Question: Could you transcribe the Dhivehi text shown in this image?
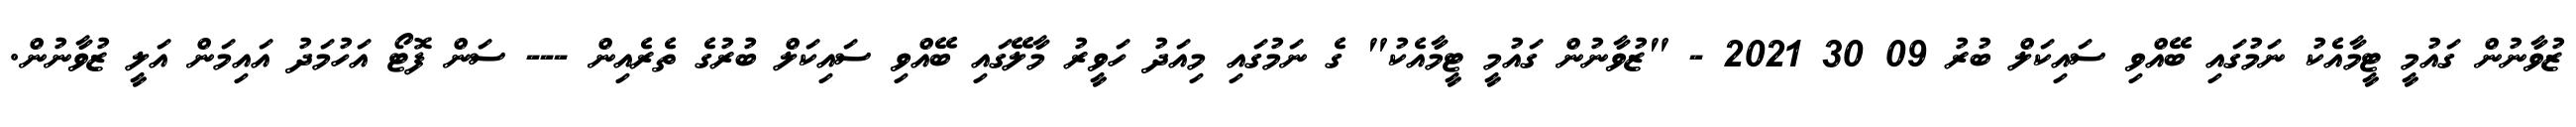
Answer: ޒުވާނުން ގައުމީ ޓީމާއެކު ނަމުގައި ބޭއްވި ސައިކަލް ބުރު 09 30 2021 - "ޒުވާނުން ގައުމީ ޓީމާއެކު" ގެ ނަމުގައި މިއަދު ހަވީރު މާލޭގައި ބޭއްވި ސައިކަލް ބުރުގެ ތެރެއިން --- ސަން ފޮޓޯ އަހުމަދު އައިމަން އަލީ ޒުވާނުން.